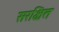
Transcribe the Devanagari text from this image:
सरक्षित